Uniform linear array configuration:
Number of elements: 24
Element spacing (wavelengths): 1
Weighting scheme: blackman
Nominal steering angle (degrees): -30
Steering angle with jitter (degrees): -29.134
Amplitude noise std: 0.05
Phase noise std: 0.05

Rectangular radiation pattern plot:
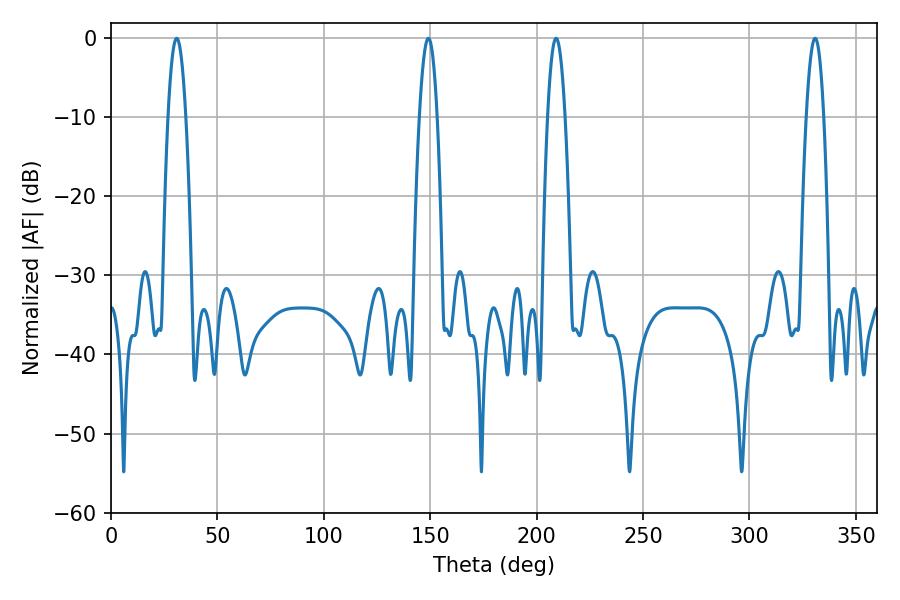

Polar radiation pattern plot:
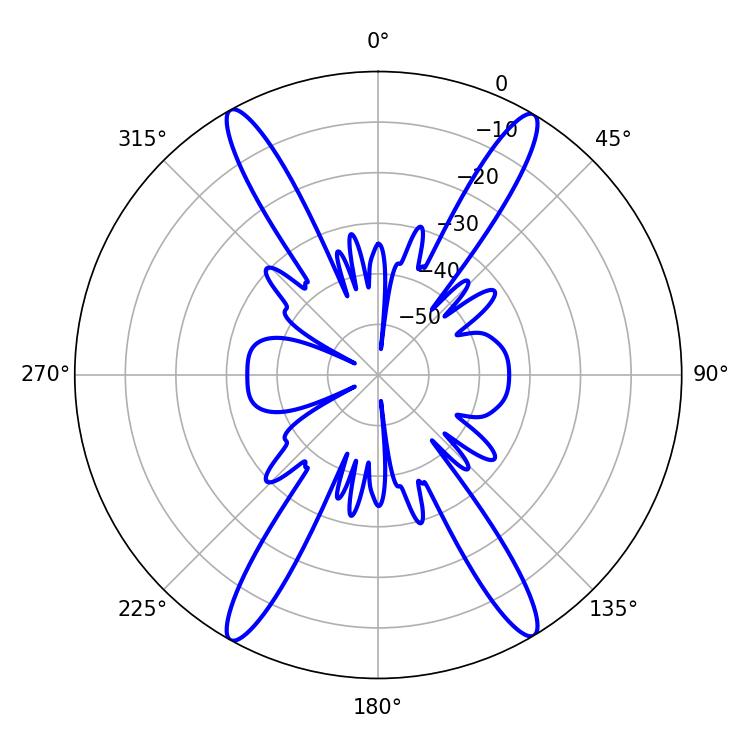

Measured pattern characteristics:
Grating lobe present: TRUE
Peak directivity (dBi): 25.262
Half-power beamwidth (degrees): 4.32
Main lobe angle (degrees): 330.84